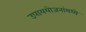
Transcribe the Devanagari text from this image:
उपाययोजनांमध्ये